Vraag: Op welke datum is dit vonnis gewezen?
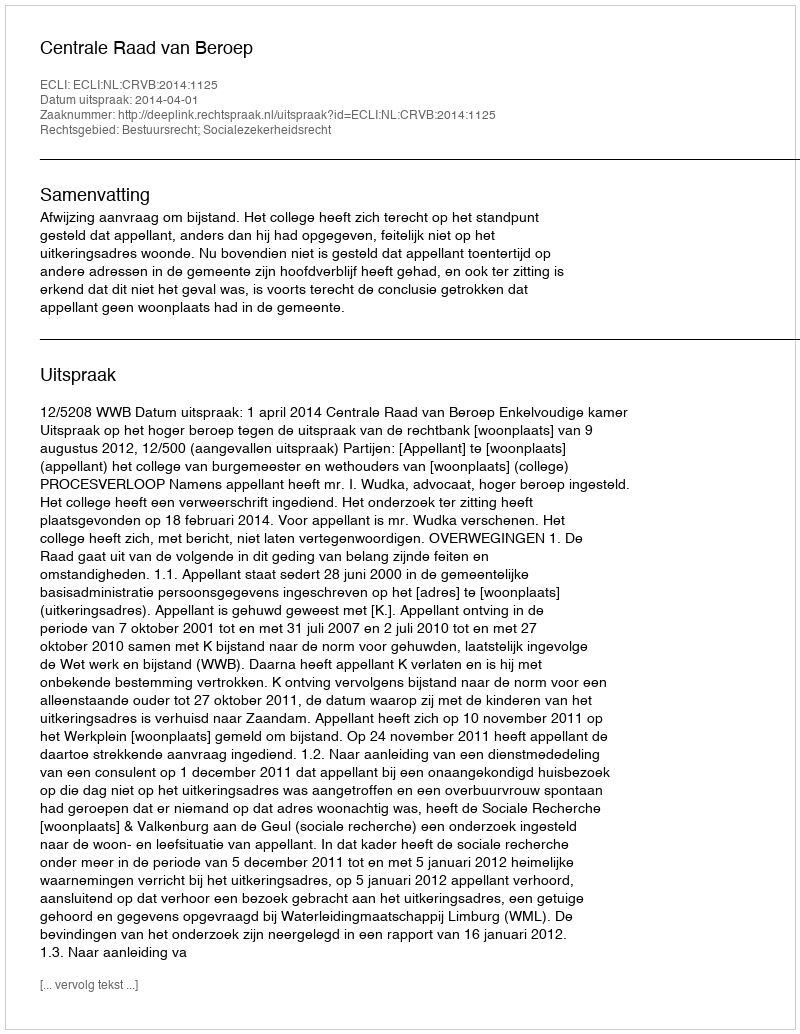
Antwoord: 2014-04-01